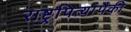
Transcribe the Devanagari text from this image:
राष्ट्रपित्यांपैकी